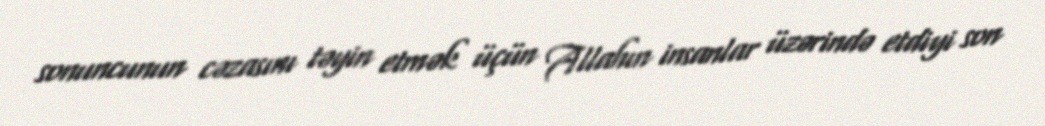
sonuncunun cəzasını təyin etmək üçün Allahın insanlar üzərində etdiyi son